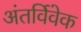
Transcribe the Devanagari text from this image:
अंतर्विवेक